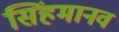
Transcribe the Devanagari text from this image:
सिंहमानव